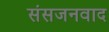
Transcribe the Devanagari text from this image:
संसजनवाद